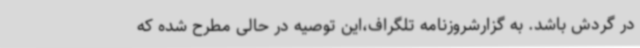
در گردش باشد. به گزارشروزنامه تلگراف،این توصیه در حالی مطرح شده که